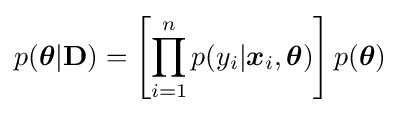
p({\boldsymbol {\theta }}|\mathbf {D} )=\left[\prod _{i=1}^{n}p(y_{i}|{\boldsymbol {x}}_{i},{\boldsymbol {\theta }})\right]p({\boldsymbol {\theta }})